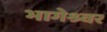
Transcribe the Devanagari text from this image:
भागेश्र्वर